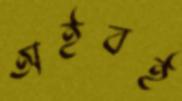
অইবই